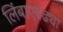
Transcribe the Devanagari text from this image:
लिंबाएवढ्या